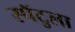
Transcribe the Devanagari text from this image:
स्पॅटुला